Annual report of lunatic asylums [Bombay] - 1912-1922
Year: 1912
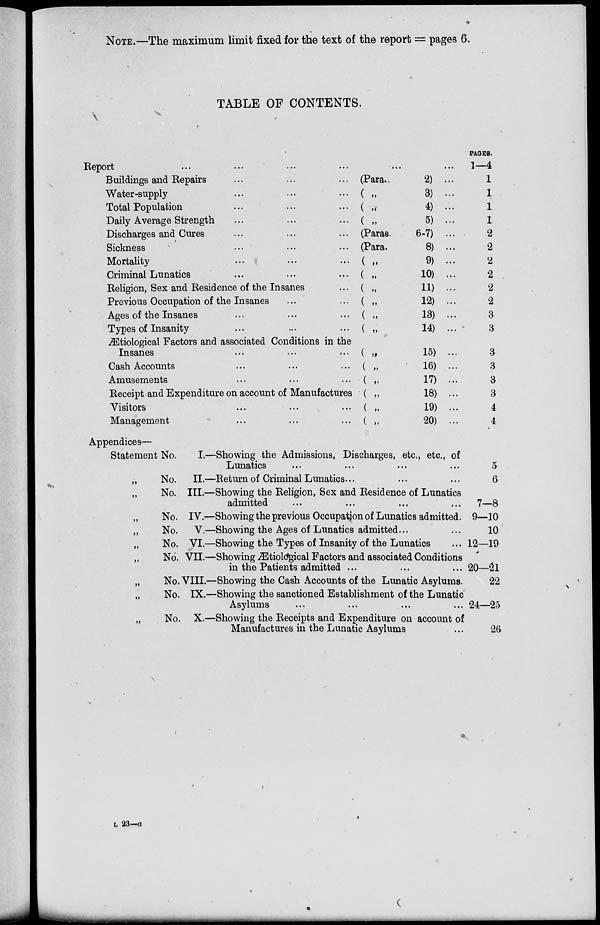
NOTE.—The maximum limit fixed for the text of the report = pages 6.
TABLE OF CONTENTS.
Report ... ... ... ... ... ...
Buildings and Repairs ... ... ...
Water-supply ... ... ...
Total Population ... ... ...
Daily Average Strength ... ... ...
Discharges and Cures ... ... ...
Sickness ... ... ...
Mortality ... ... ...
Criminal Lunatics ... ... ...
Religion, Sex and Residence of the Insanes ...
Previous Occupation of the Insanes ... ...
Ages of the Insanes ... ... ...
Types of Insanity ... ... ...
Ætiological Factors and associated Conditions in the
Insanes ... ... ...
Cash Accounts ... ... ...
Amusements ... ... ...
Receipt and Expenditure on account of Manufactures
Visitors ... ... ...
Management ... ... ...
(Para.,
2) ...
( „
3) ...
( „
4)
...
( „
5) ...
(Paras.
6-7) ...
(Para.
8) ...
( „
9) ...
( „
10) ...
( „
11)
...
( „
12) ...
( „
13) ...
( „
14) ...
( „
15) ...
( „
16) ...
( „
17) ...
( „
18) ...
( „
19) ...
( „
20) ...
PAGES.
1—4
1
1
1
1
2
2
2
2
2
2
3
3
3
3
3
3
4
4
Appendices—
Statement No.
I.—Showing the Admissions, Discharges, etc., etc., of
Lunatics ... ... ... ...
„
No. II.—Return of Criminal Lunatics ... ... ...
„
No. III.—Showing the Religion, Sex and Residence of Lunatics
admitted
...
...
...
...
„
No. IV.—Showing the previous Occupation of Lunatics admitted.
„
No. V.—Showing the Ages of Lunatics admitted ... ...
„
No. VI.—Showing the Types of Insanity of the Lunatics ...
„
No. VII.—Showing Ætiological Factors and associated Conditions
in the Patients admitted ... ... ...
„
No. VIII.—Showing the Cash Accounts of the Lunatic Asylums.
„
No. IX.—Showing the sanctioned Establishment of the Lunatic
Asylums ... ... ... ...
„
No. X.—Showing the Receipts and Expenditure on account of
Manufactures in the Lunatic Asylums ...
5
6
7—8
9—10
10
12—19
20—21
22
24—25
26
L 23—a